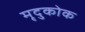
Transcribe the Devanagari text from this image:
मृदुकोक